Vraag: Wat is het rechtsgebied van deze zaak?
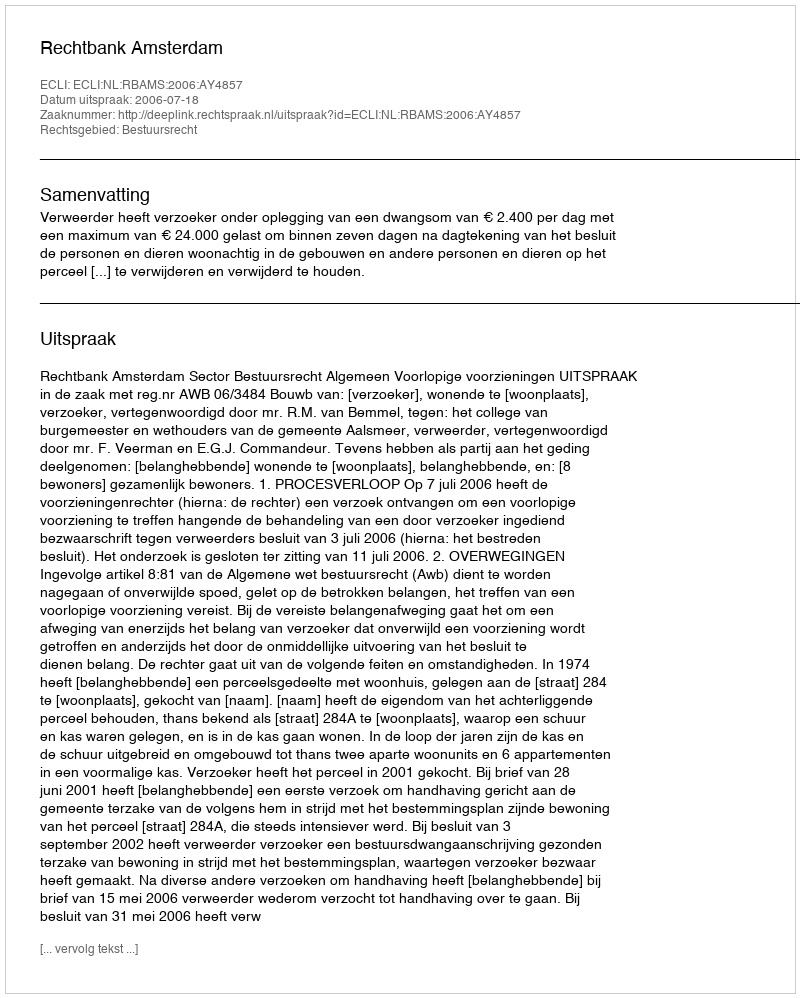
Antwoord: Bestuursrecht